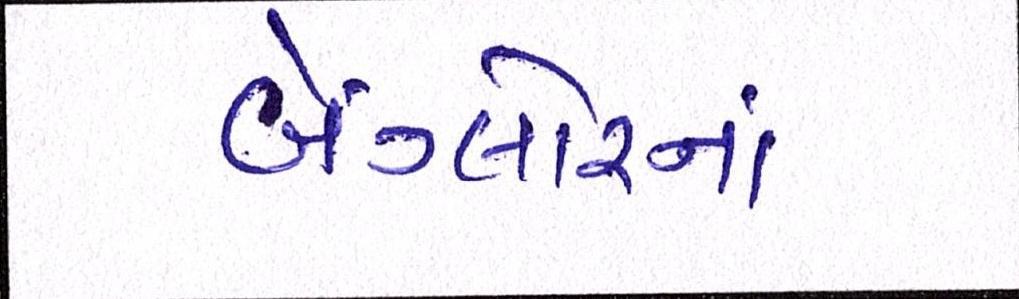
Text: બેંગ્લોરનાં